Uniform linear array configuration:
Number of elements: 12
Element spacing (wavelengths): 0.75
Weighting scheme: binomial
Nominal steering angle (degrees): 15
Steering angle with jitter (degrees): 16.461
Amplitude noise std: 0.05
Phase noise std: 0.05

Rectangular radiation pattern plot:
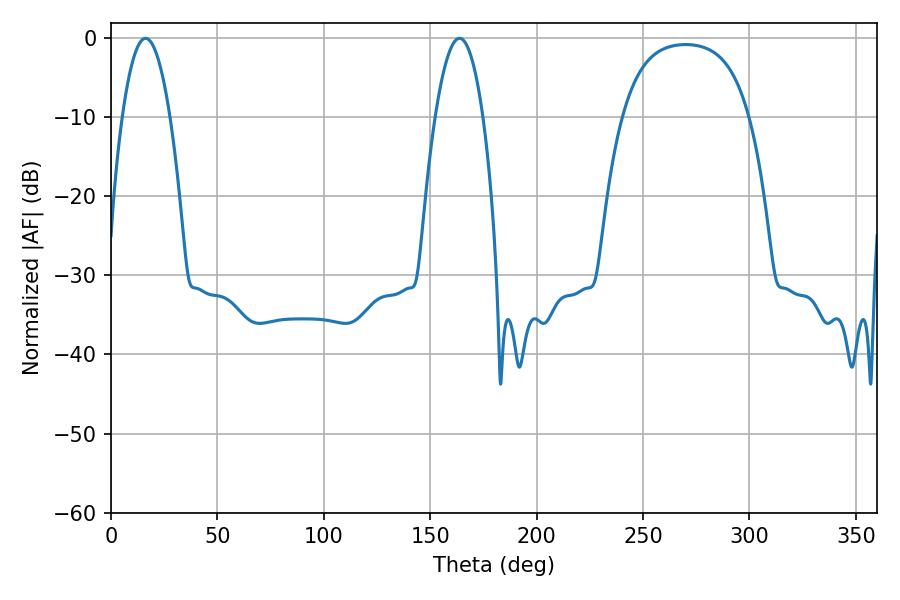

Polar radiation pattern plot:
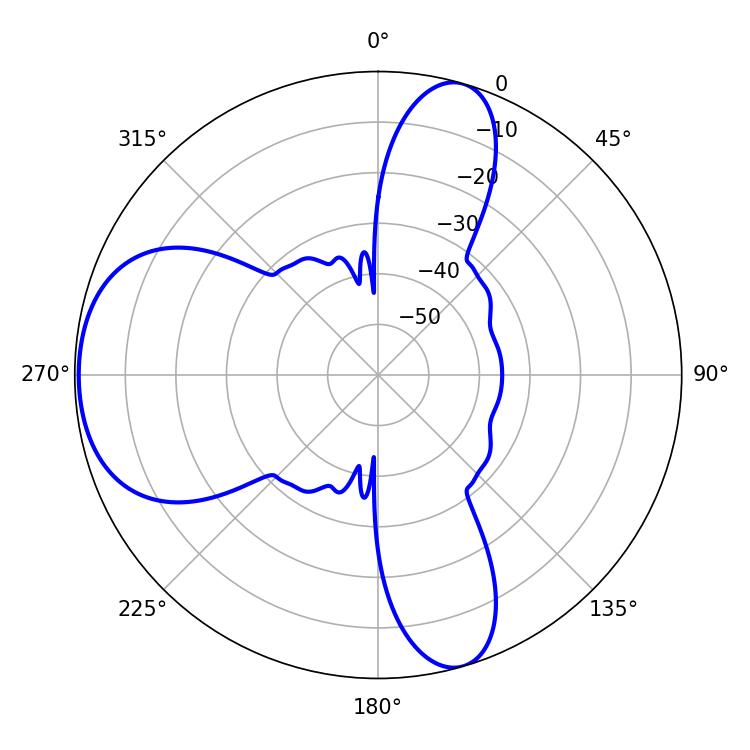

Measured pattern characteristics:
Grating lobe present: TRUE
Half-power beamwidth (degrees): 12.42
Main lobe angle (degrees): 16.2